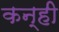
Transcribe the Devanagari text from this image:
कन्ही